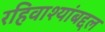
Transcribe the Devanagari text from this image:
रहिवाश्यांबद्दल